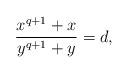
LaTeX: \begin{align*}\frac{x^{q+1} + x}{y^{q+1} + y} = d,\end{align*}